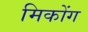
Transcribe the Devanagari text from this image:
मिकोंग